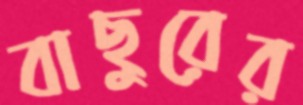
বাছুরের